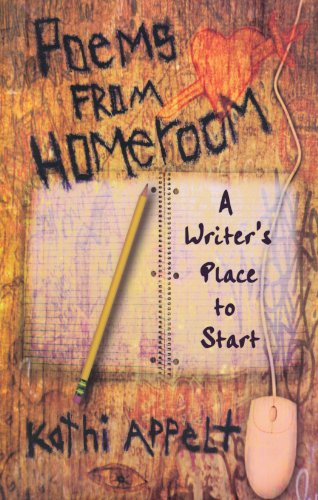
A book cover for Poems from Homeroom: A Writer's Place to Start; Kathi Appelt; Teen & Young Adult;